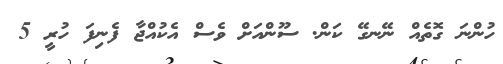
ހުންނަ ގޮތެއް ނޭނގޭ ކަން. ސޫންއަށް ވެސް އެކުއްޖާ ފެނިފަ ހުރީ 5